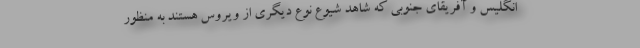
انگلیس و آفریقای جنوبی که شاهد شیوع نوع دیگری از ویروس هستند به منظور